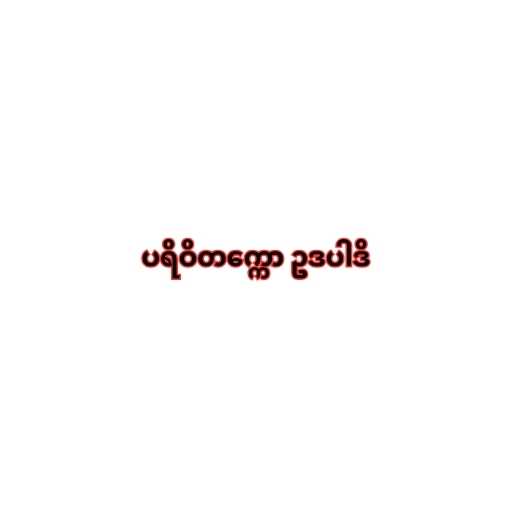
ပရိဝိတက္ကော ဥဒပါဒိ